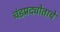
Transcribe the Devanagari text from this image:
चंडप्रद्योताचे